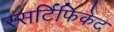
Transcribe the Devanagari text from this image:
स्सर्टिफिकेट